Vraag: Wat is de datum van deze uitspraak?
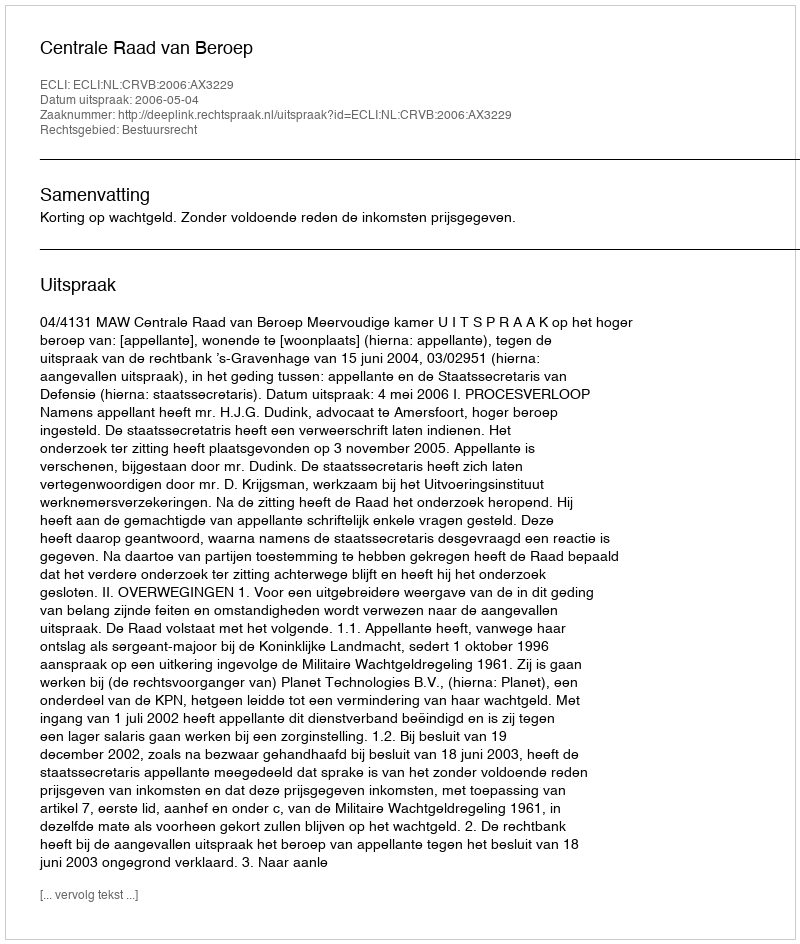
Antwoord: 2006-05-04